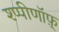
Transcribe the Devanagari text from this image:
श्प्पीणॉफ़्